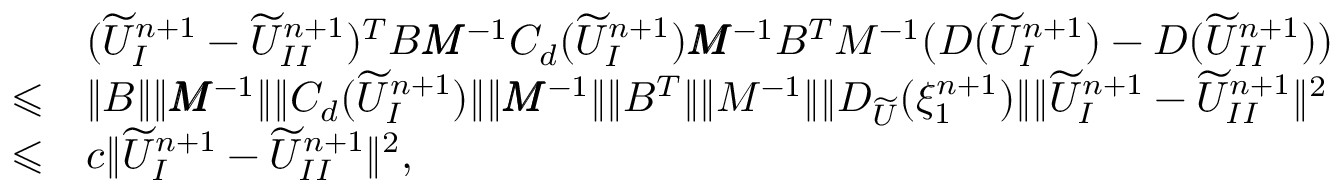
\begin{array} { r l } & { ( \widetilde { U } _ { I } ^ { n + 1 } - \widetilde { U } _ { I I } ^ { n + 1 } ) ^ { T } B \pmb { M } ^ { - 1 } C _ { d } ( \widetilde { U } _ { I } ^ { n + 1 } ) \pmb { M } ^ { - 1 } B ^ { T } M ^ { - 1 } ( D ( \widetilde { U } _ { I } ^ { n + 1 } ) - D ( \widetilde { U } _ { I I } ^ { n + 1 } ) ) } \\ { \leqslant } & { \| B \| \| \pmb { M } ^ { - 1 } \| \| C _ { d } ( \widetilde { U } _ { I } ^ { n + 1 } ) \| \| \pmb { M } ^ { - 1 } \| \| B ^ { T } \| \| M ^ { - 1 } \| \| D _ { \widetilde { U } } ( \xi _ { 1 } ^ { n + 1 } ) \| \| \widetilde { U } _ { I } ^ { n + 1 } - \widetilde { U } _ { I I } ^ { n + 1 } \| ^ { 2 } } \\ { \leqslant } & { c \| \widetilde { U } _ { I } ^ { n + 1 } - \widetilde { U } _ { I I } ^ { n + 1 } \| ^ { 2 } , } \end{array}